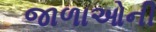
જાળાઓની